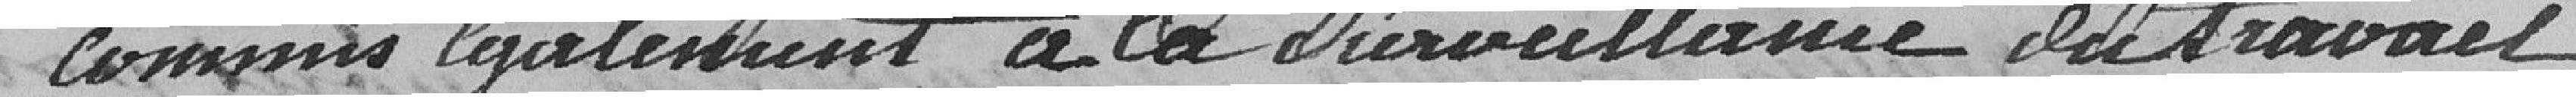
commis également à la surveillance du travail